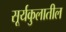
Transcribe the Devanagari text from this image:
सूर्यकुलातील